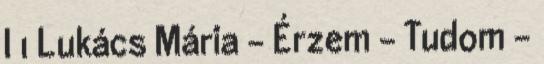
I 1 Lukács Mária - Érzem - Tudom -